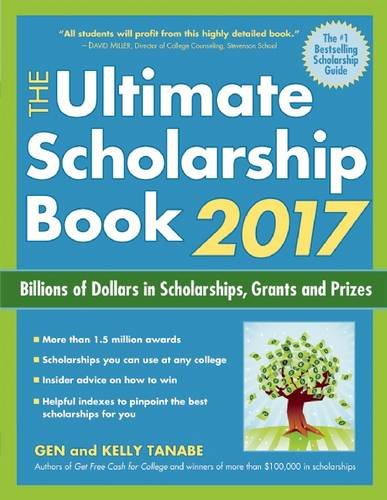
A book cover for The Ultimate Scholarship Book 2017: Billions of Dollars in Scholarships, Grants and Prizes; Gen Tanabe; Education & Teaching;